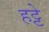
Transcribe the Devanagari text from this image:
हट्टे